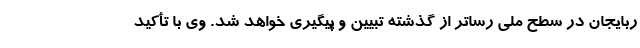
ربایجان در سطح ملی رساتر از گذشته تبیین و پیگیری خواهد شد. وی با تأکید